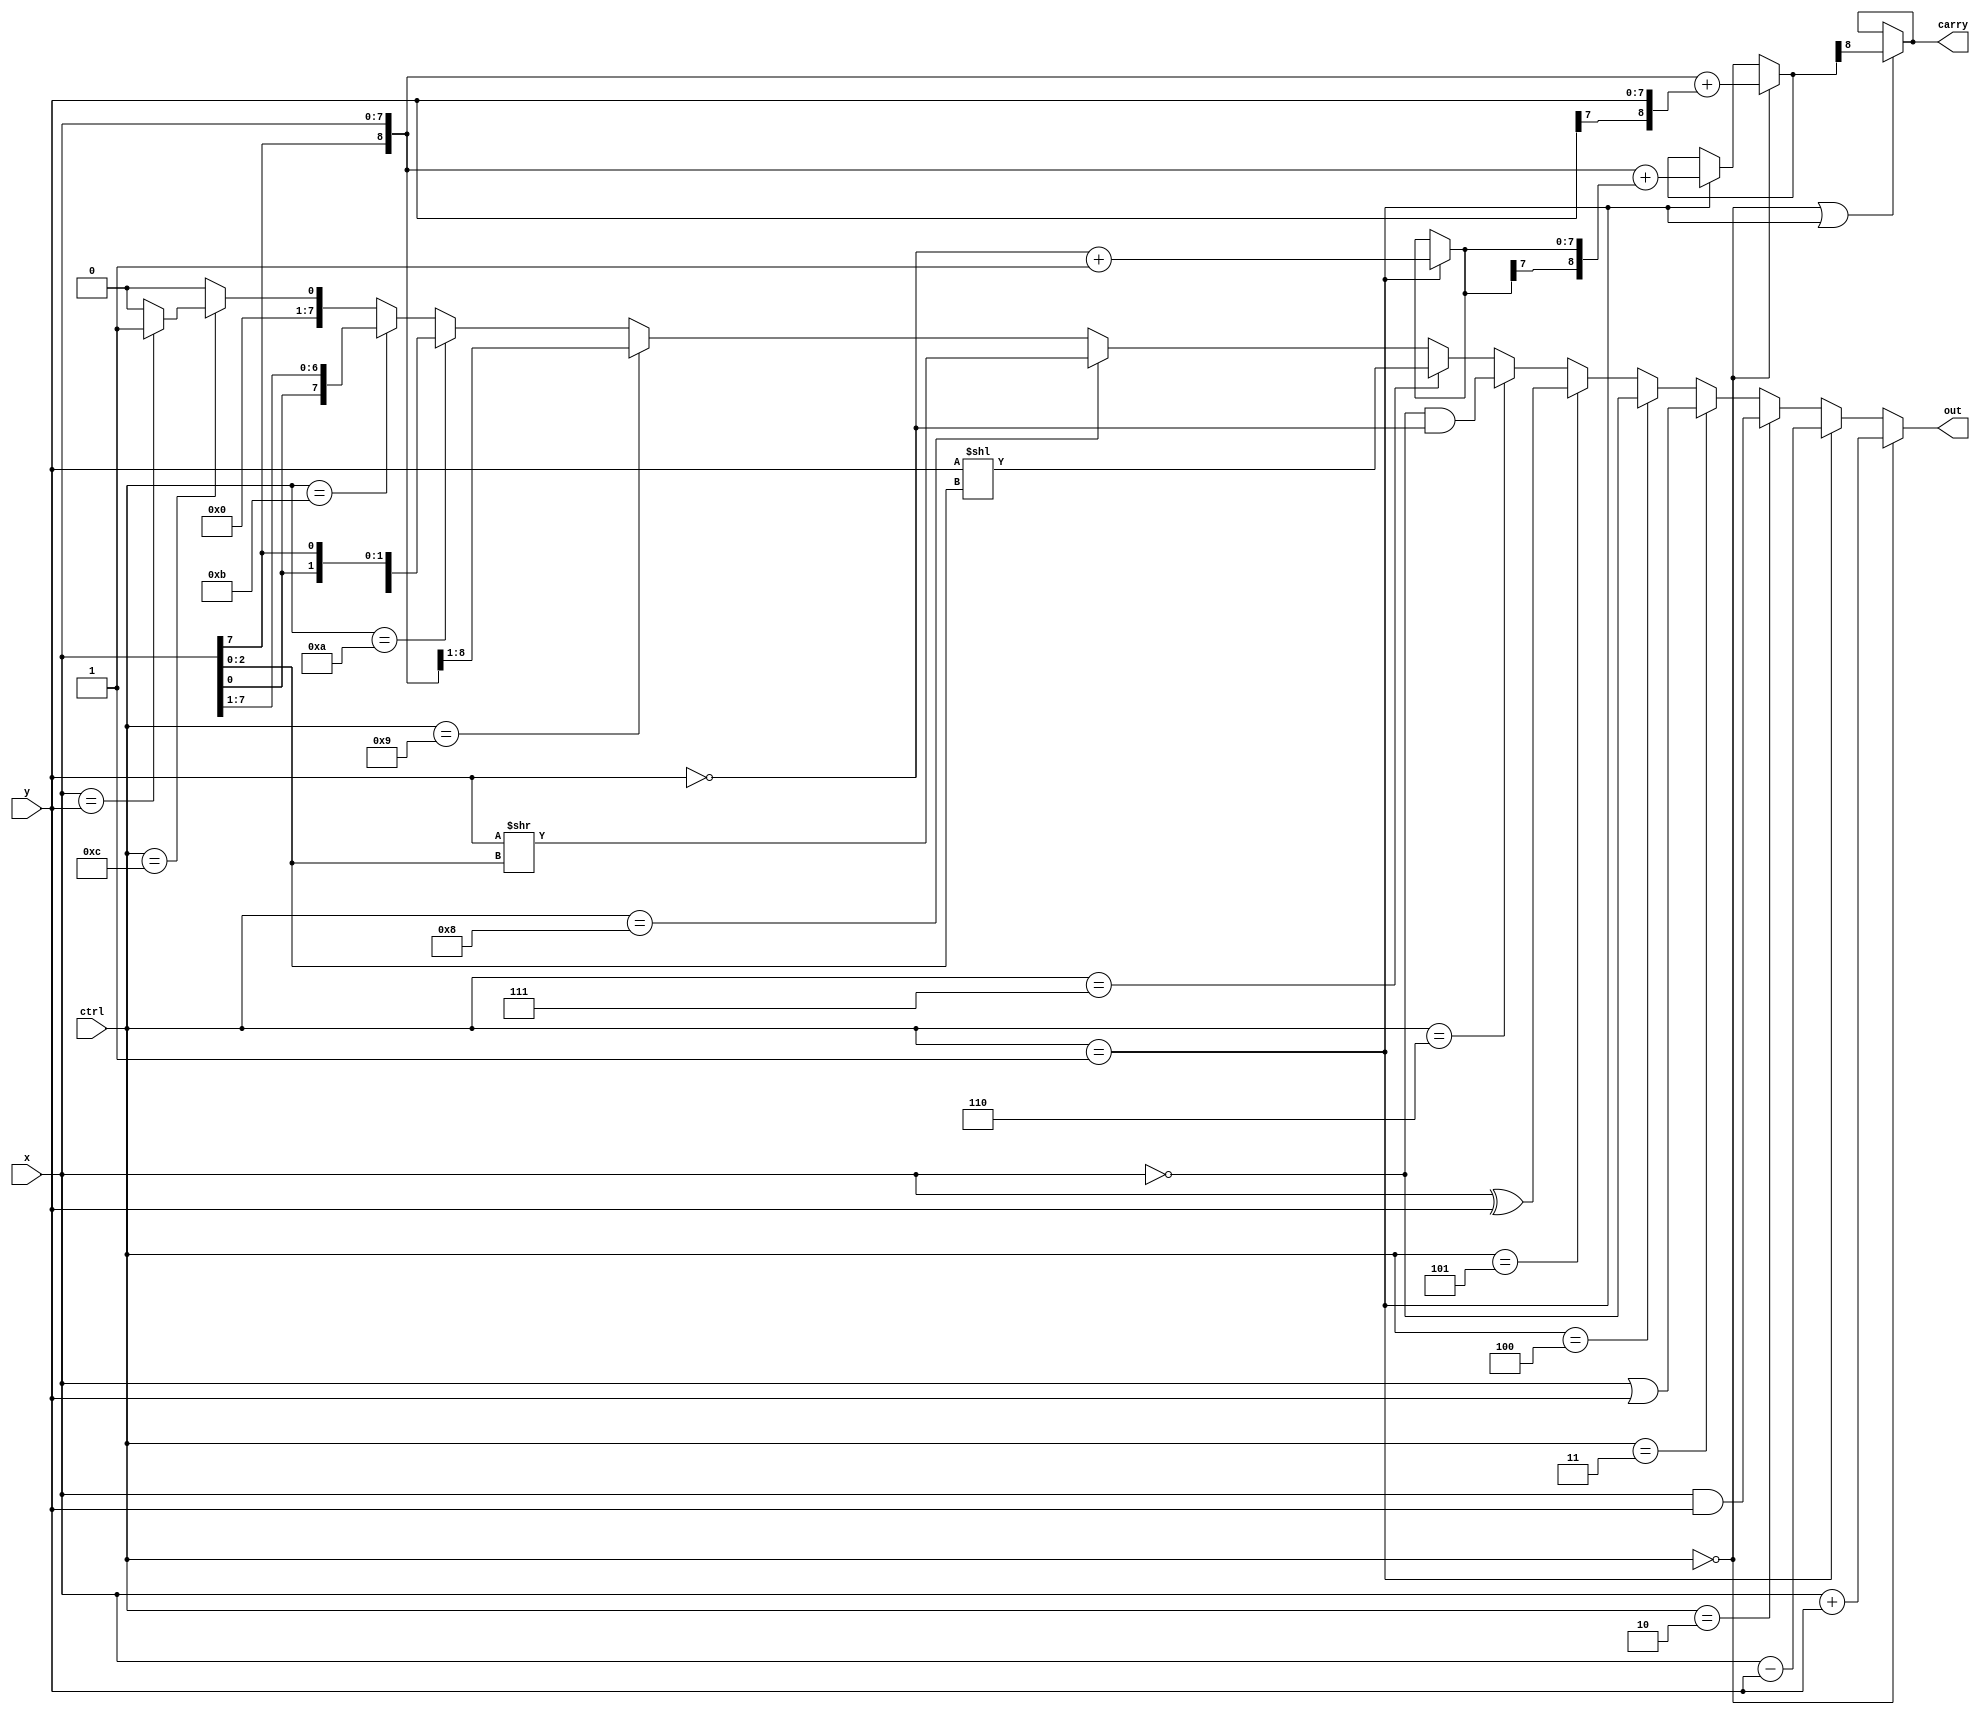
//RTL (use continuous assignment)
module alu_rtl(
    ctrl,
    x,
    y,
    carry,
    out  
);
    
    input  [3:0] ctrl;
    input  signed [7:0] x;
    input  signed [7:0] y;
    output       carry;
    output signed [7:0] out;
    wire [8:0] tmp;
    wire [7:0] neg;

assign out = (ctrl == 4'b0000) ? (x + y):
                (ctrl == 4'b0001) ? (x - y):
                    (ctrl == 4'b0010) ? (x & y):
                    (ctrl == 4'b0011) ? (x | y):
                    (ctrl == 4'b0100) ? (~x):
                    (ctrl == 4'b0101) ? (x ^ y):
                    (ctrl == 4'b0110) ? (~x & ~y):
                    (ctrl == 4'b0111) ? (y << x[2:0]):
                    (ctrl == 4'b1000) ? (y >> x[2:0]):
                    (ctrl == 4'b1001) ? ({x[7],x[7:1]}):
                    (ctrl == 4'b1010) ? ({x[6:0] , x[7]}):
                    (ctrl == 4'b1011) ? ({x[0] , x[7:1]}):
                    (ctrl == 4'b1100) ? ((x==y)?1:0):
                    (ctrl == 4'b1101) ? (0):
                    (ctrl == 4'b1110) ? (0):
                    (ctrl == 4'b1111) ? (0):
                    (0);

assign neg = (ctrl == 4'b0001) ? (~y + 00000001):neg;
assign tmp = (ctrl == 4'b0000) ? ({x[7],x}+{y[7],y}):
                (ctrl == 4'b0001) ? ({x[7],x}+{neg[7],neg}):tmp;

assign carry = (ctrl == 4'b0000 || ctrl == 4'b0001) ? (tmp[8]):(carry);


endmodule